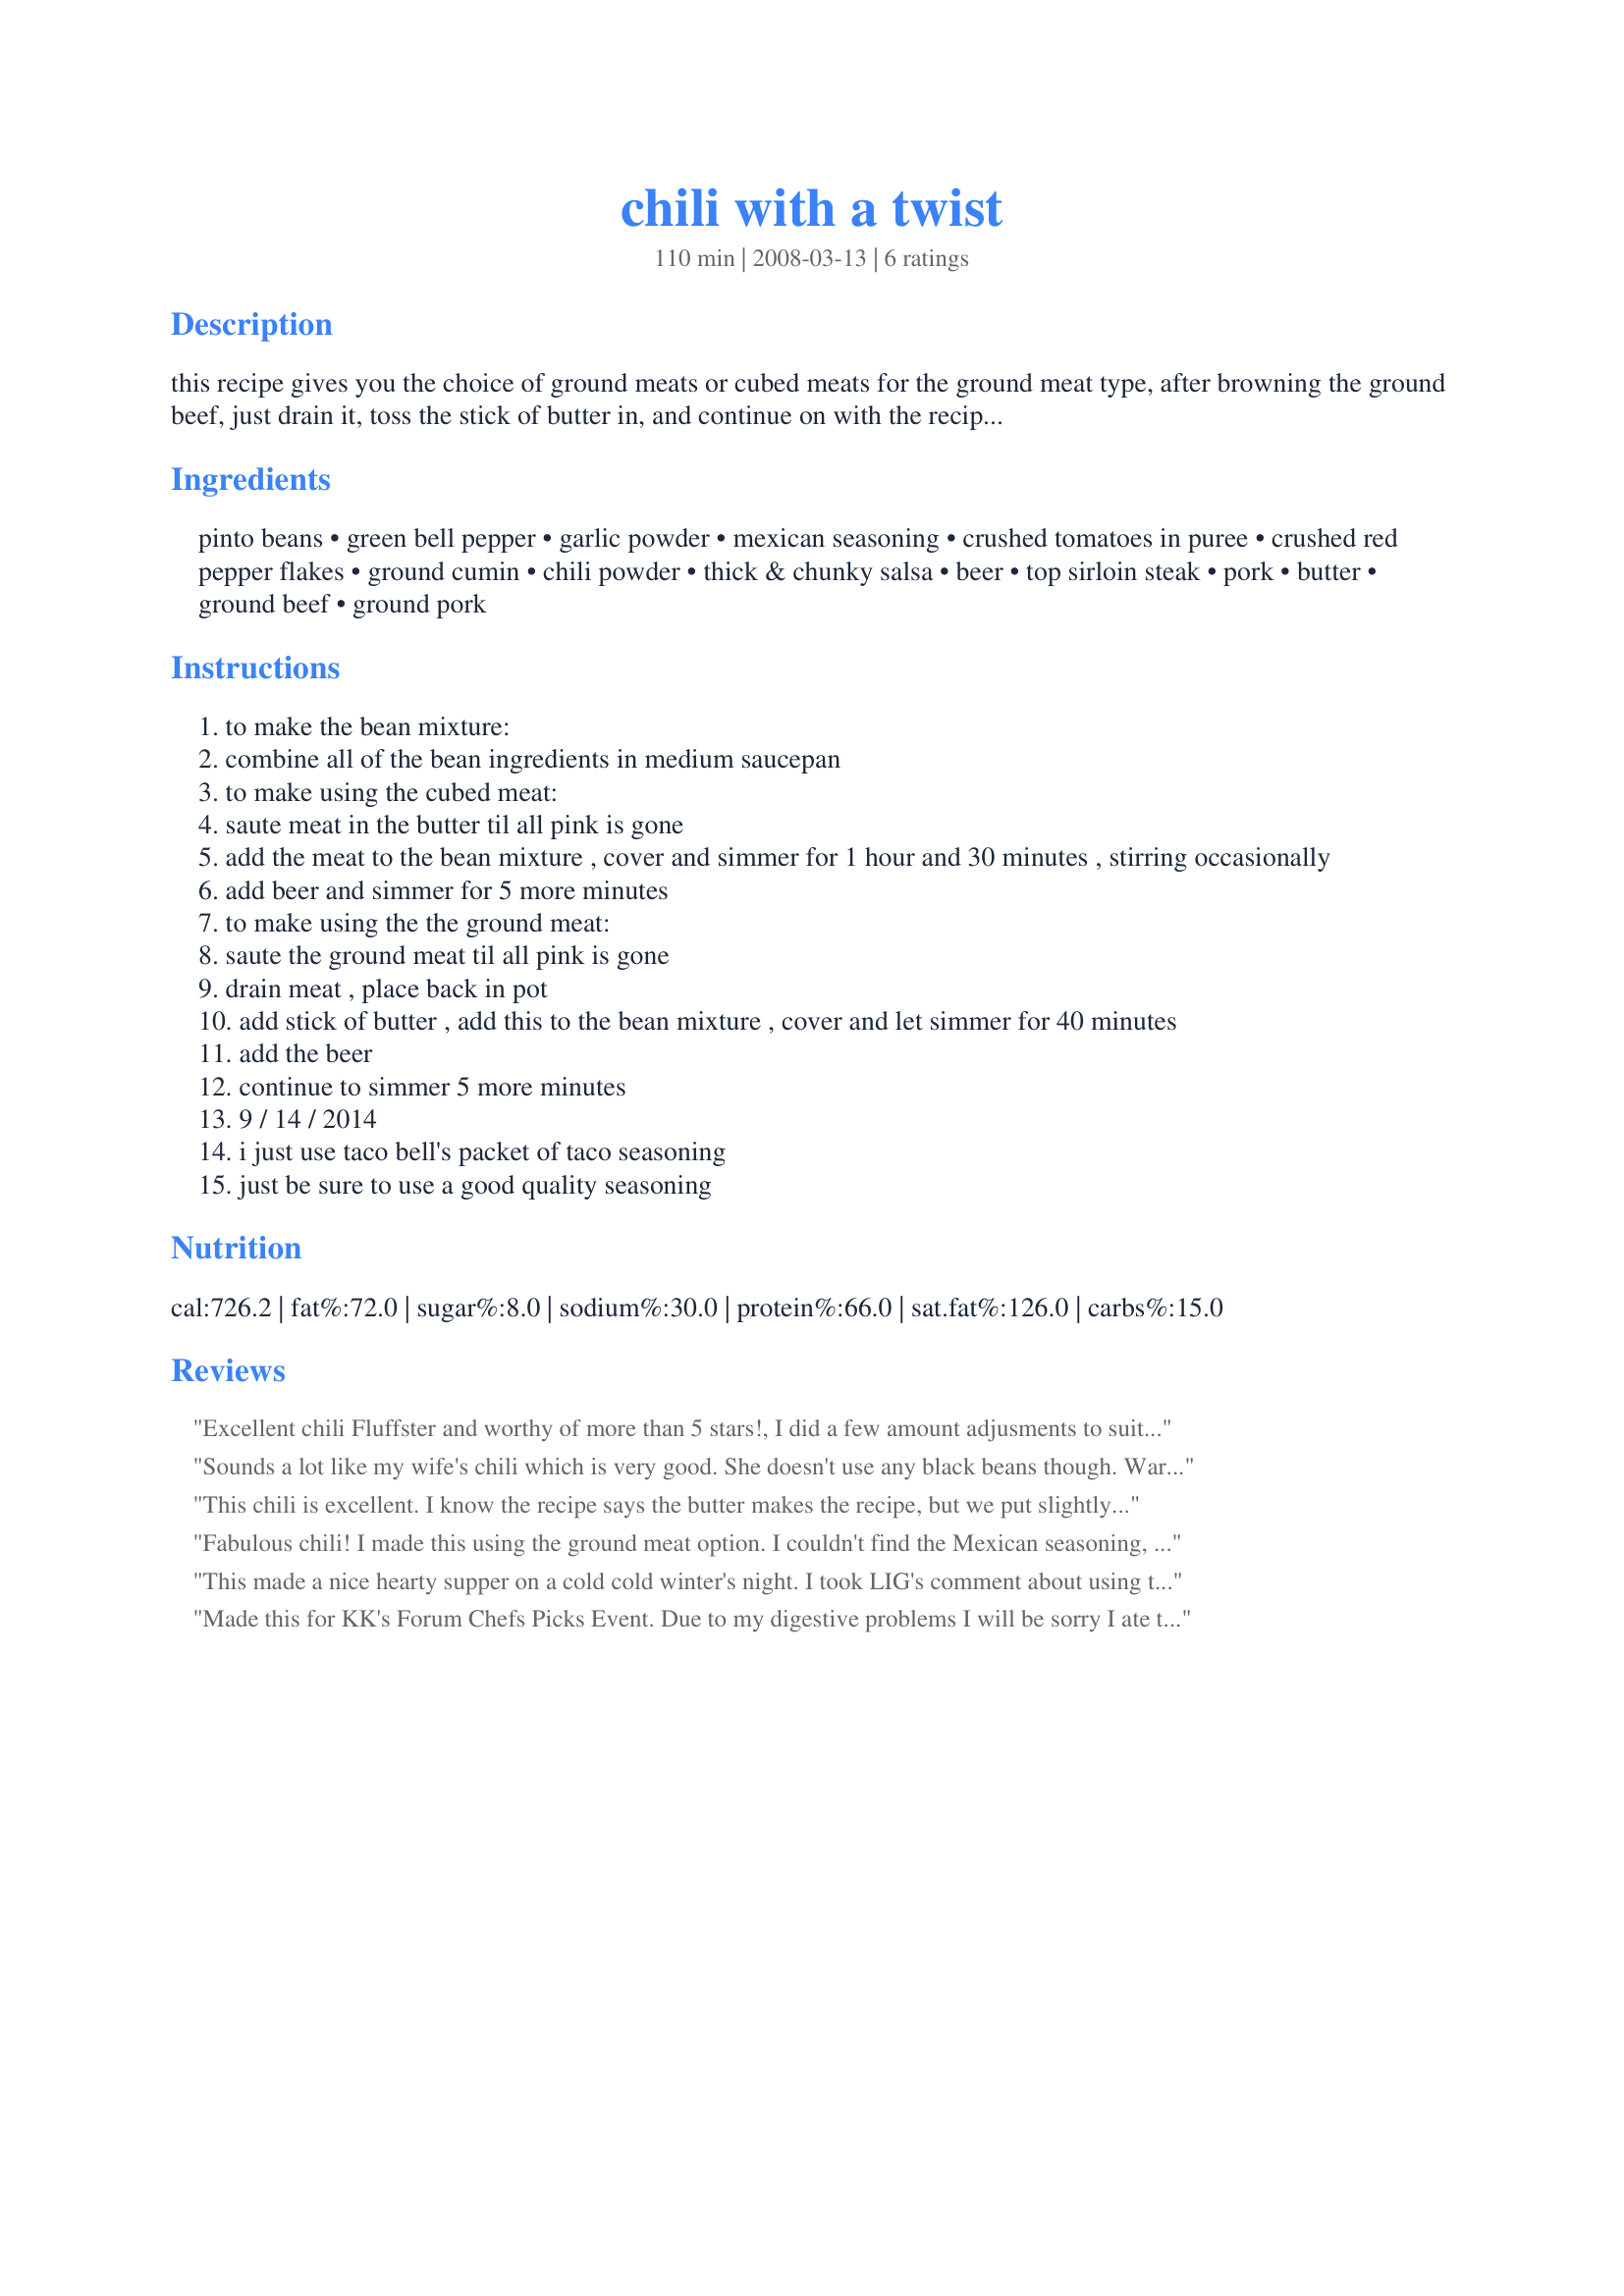
chili with a twist
Preparation time: 110 minutes

this recipe gives you the choice of ground meats or cubed meats for the ground meat type, after browning the ground beef, just drain it, toss the stick of butter in, and continue on with the recipe.the butter makes the chili, believe me. the beans are up to you as to which type and how many you want. i use a combination. honestly, this whole recipe consists of brown the meat, and just dump the other ingredients in! that's it! times will vary between the cubed meats and the ground meats.you can put the bean mixture in the pan that you cooked the ground meats in . it's up to you to put the types of beans that you like in this.times will vary as well as quantity. if you are going to make the single batch, i recommend that you use the little cans of beans, i think they are probably 4-6 oz., and that way you can use pintos, black, kidney or a combo of them.

Ingredients:
pinto beans, green bell pepper, garlic powder, mexican seasoning, crushed tomatoes in puree, crushed red pepper flakes, ground cumin, chili powder, thick & chunky salsa, beer, top sirloin steak, pork, butter, ground beef, ground pork

Steps:
to make the bean mixture:
combine all of the bean ingredients in medium saucepan
to make using the cubed meat:
saute meat in the butter til all pink is gone
add the meat to the bean mixture , cover and simmer for 1 hour and 30 minutes , stirring occasionally
add beer and simmer for 5 more minutes
to make using the the ground meat:
saute the ground meat til all pink is gone
drain meat , place back in pot
add stick of butter , add this to the bean mixture , cover and let simmer for 40 minutes
add the beer
continue to simmer 5 more minutes
9 / 14 / 2014
i just use taco bell's packet of taco seasoning
just be sure to use a good quality seasoning

Reviews:
Excellent chili Fluffster and worthy of more than 5 stars!, I did a few amount adjusments to suit out tastes, I used fresh garlic in place of the garlic powder, increased the chili flakes to 1 tablespoon and also added in 2 jalapeno peppers we like extreme spice! the salsa and beer really took this to another level, I used cubed sirloin for this and also made a day ahead and refrigerated which only increased the flavor more, thank for sharing a great chili recipe that I will make again soon!
Sounds a lot like my wife's chili which is very good. She doesn't use any black beans though. Warning though! Alcohol (even beer) takes an hour or more to cook out (maybe several hours depending on amount, altitude, and if you want 0.0%). So cook carefully!
This chili is excellent. I know the recipe says the butter makes the recipe, but we put slightly less than 1/4 of a stick of butter in the chili and it was still great! We also used ground buffalo instead of ground beef, it is very similar.
Fabulous chili! I made this using the ground meat option. I couldn't find the Mexican seasoning, so I contacted the chef and she said to use McCormick's chili seasoning (from one of those packets). It seemed to work perfectly, because the flavor of the chili was divine! The chef also suggested using a very good quality chili powder. Please do...it makes a big impact on this chili recipe! The only thing I did differently was to use more beans than stated. I ended up using one 15 oz. can of dark red kidney beans and one 15 oz. can of pinto beans. I will definitely be making this chili recipe again. Maybe next time I'll even try it with the cubed meat! Thank you for posting this great recipe! ~Made for KK's Forum Chef Pick~
P.S. As you can see from the photo, I opted to top mine with some shredded cheese, chopped onions and a dollop of sour cream. :)
This made a nice hearty supper on a cold cold winter's night. I took LIG's comment about using the McCormick's chili blend of seasoning in place of the mexican seasoning. (which I didn't have.) I also used canned tomatoes from the garden in place of the crushed tomatoes in puree. B/c of the seasoning packet I reduced the amount of the other seasonings. One can of light kidney beans was used along with 3/4 lb.s hamburg and 1/4 lb. ground sausage. I made this early enough in the day to let the flavors marry in the fridge b/f heating thru. Very very good.~
Made for KK's Chef's pick.
Made this for KK's Forum Chefs Picks Event. Due to my digestive problems I will be sorry I ate this at all, but most definately have made a pig of myself and enjoyed 2 bowls of it, and have enough of it to have leftovers for Lunch tomarrow. The beer really adds to this recipe and I used Recipe#389616 for the Mexican Seasoning Mix. Everyone really must try this recipe so you too will understand why it received 1st Prize at the Chili Cookoff. MMMM Yummy!!! Thank You so much Fluffster for this fantastic recipe. BTW I used ground chuck and Jimmy Dean pork sausage, next time gonna try the sirloin steak.
